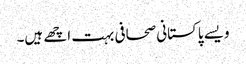
ویسے پاکستانی صحافی بہت اچھے ہیں۔